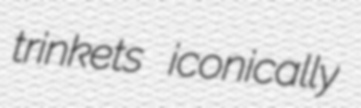
trinkets iconically